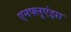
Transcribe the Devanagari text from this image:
एनफ्लूएंझा